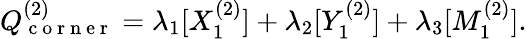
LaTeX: Q_{\mathrm{~c~o~r~n~e~r~}}^{(2)}=\lambda_{1}[X_{1}^{(2)}]+\lambda_{2}[Y_{1}^{(2)}]+\lambda_{3}[M_{1}^{(2)}].